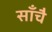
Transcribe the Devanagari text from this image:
साँचै